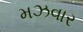
મઝવાર